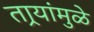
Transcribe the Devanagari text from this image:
तार्‍यांमुळे